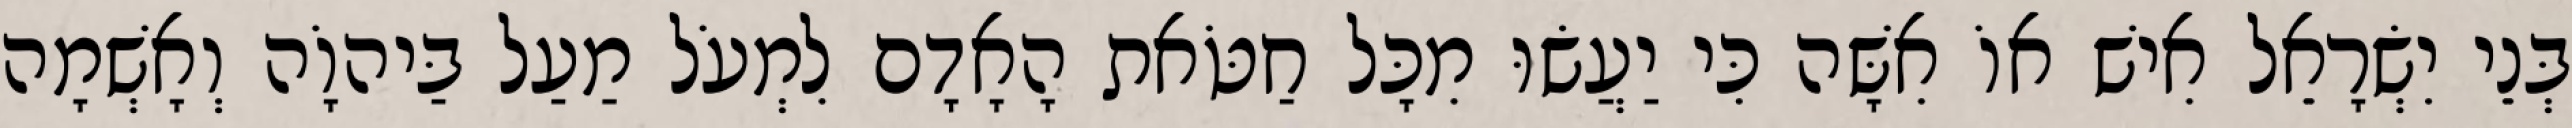
בְּנֵי יִשְׂרָאֵל אִישׁ אוֹ אִשָּׁה כִּי יַעֲשׂוּ מִכָּל חַטֹּאת הָאָדָם לִמְעֹל מַעַל בַּיהוָֹה וְאָשְׁמָה